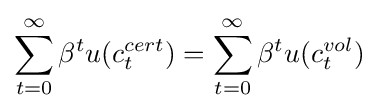
\sum _{t=0}^{\infty }\beta ^{t}u(c_{t}^{cert})=\sum _{t=0}^{\infty }\beta ^{t}u(c_{t}^{vol})